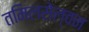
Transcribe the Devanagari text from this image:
तमिलसेल्वन